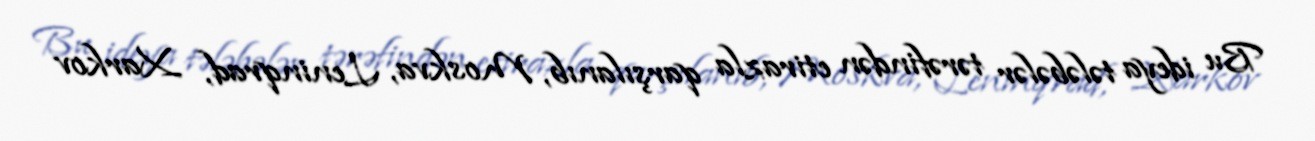
Bu ideya tələbələr tərəfindən etirazla qarşılanıb, Moskva, Leninqrad, Xarkov